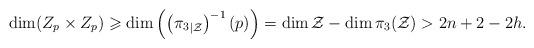
LaTeX: \begin{align*}\dim(Z_p\times Z_p)\geqslant \dim \left(\left({\pi_3}_{|\mathcal{Z}}\right)^{-1}(p) \right)= \dim\mathcal{Z}-\dim {\pi_3}(\mathcal{Z}) > 2n+2-2h.\end{align*}